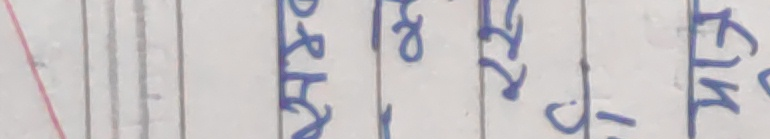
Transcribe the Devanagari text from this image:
धार १६ कि.मी.